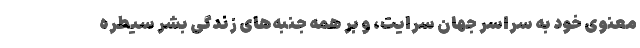
معنوی خود به سراسر جهان سرایت، و بر همه جنبه‌های زندگی بشر سیطره